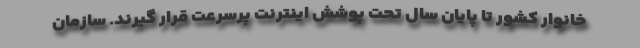
خانوار کشور تا پایان سال تحت پوشش اینترنت پرسرعت قرار گیرند. سازمان